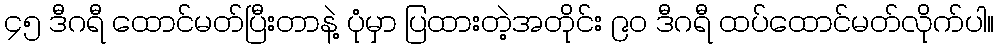
၄၅ ဒီဂရီ ထောင်မတ်ပြီးတာနဲ့ ပုံမှာ ပြထားတဲ့အတိုင်း ၉၀ ဒီဂရီ ထပ်ထောင်မတ်လိုက်ပါ။